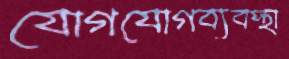
যোগযোগব্যবস্থা